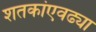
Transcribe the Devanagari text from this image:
शतकांएवढ्या